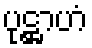
ပုဋ္ဌာဟံ